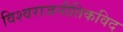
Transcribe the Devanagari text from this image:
विश्वराजनीतिकविद